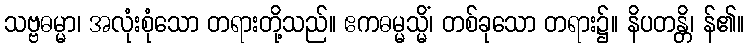
သဗ္ဗဓမ္မာ၊ အလုံးစုံသော တရားတို့သည်။ ဧကဓမ္မသ္မိံ၊ တစ်ခုသော တရား၌။ နိပတန္တိ၊ န်၏။